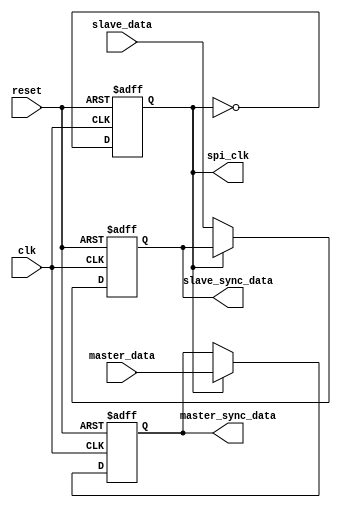
module SPI_Controller (
   input wire clk,
   input wire reset,
   input wire master_data,
   input wire slave_data,
   output reg spi_clk,
   output reg master_sync_data,
   output reg slave_sync_data
);

always @(posedge clk or posedge reset) begin
   if (reset) begin
      spi_clk <= 0;
      master_sync_data <= 0;
      slave_sync_data <= 0;
   end else begin
      // SPI clock generation logic
      spi_clk <= ~spi_clk;
      
      // Data synchronization between master and slave devices
      if (spi_clk) begin
         master_sync_data <= master_data;
      end else begin
         slave_sync_data <= slave_data;
      end
   end
end

endmodule